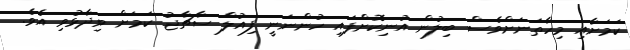
ކަމަށާއި މިހާތަނަށްވެސް ބިލުން އުނިކޮށްފައި ހުންނަނީ ފިއުލް ސާޗާޖު ކަމަށް ވިދާޅުވި އެވެ.